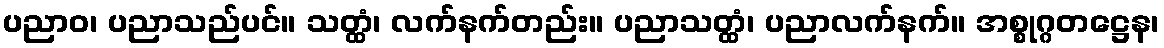
ပညာဝ၊ ပညာသည်ပင်။ သတ္ထံ၊ လက်နက်တည်း။ ပညာသတ္ထံ၊ ပညာလက်နက်။ အစ္စုဂ္ဂတဋ္ဌေန၊